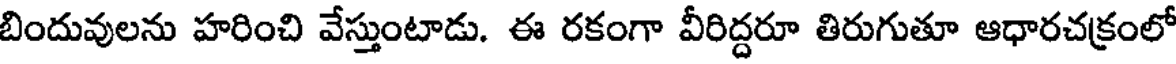
బిందువులను హరించి వేస్తుంటాడు. ఈ రకంగా వీరిద్దరూ తిరుగుతూ ఆధారచక్రంలో